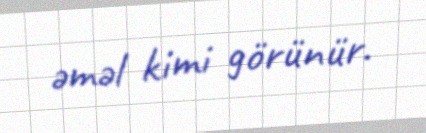
əməl kimi görünür.